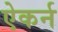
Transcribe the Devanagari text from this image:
ऐकर्न